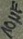
Text: 10µF